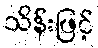
သိန်းဖြင့်